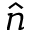
\hat { n }